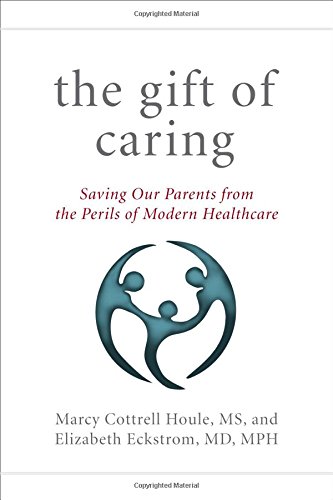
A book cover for The Gift of Caring: Saving Our Parents from the Perils of Modern Healthcare; Marcy Cottrell Houle M.S.; Parenting & Relationships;